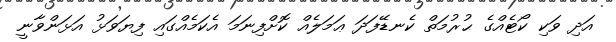
އަދި ވަކި ކޯޓެއްގެ ޙުރުމަތް ކެނޑޭފަދަ ޢަމަލެއް ކޮށްފިނަމަ އެކަމެއްގައި ފިޔަވަޅު އަޅަންވާނީ